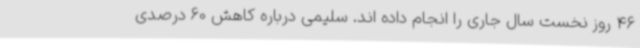
46 روز نخست سال جاری را انجام داده اند. سلیمی درباره کاهش 60 درصدی